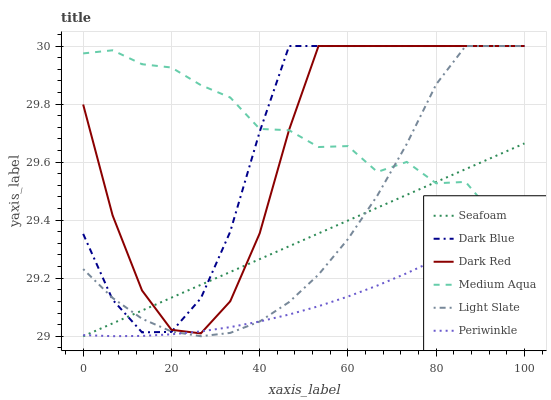
| xaxis_label | Seafoam | Dark Blue | Dark Red | Medium Aqua | Light Slate | Periwinkle |
 | --- | --- | --- | --- | --- | --- | --- |
 | 0 | 29 | 29.4 | 29.8 | 30 | 29.2 | 29 |
 | 6.67 | 29 | 29.1 | 29.4 | 30 | 29.1 | 29 |
 | 13.3 | 29.1 | 29 | 29.2 | 29.9 | 29.1 | 29 |
 | 20 | 29.1 | 29 | 29 | 29.9 | 29 | 29 |
 | 26.7 | 29.2 | 29.1 | 29 | 29.9 | 29 | 29 |
 | 33.3 | 29.2 | 29.4 | 29.1 | 29.8 | 29 | 29 |
 | 40 | 29.3 | 29.7 | 29.4 | 29.7 | 29.1 | 29.1 |
 | 46.7 | 29.3 | 30 | 29.7 | 29.7 | 29.1 | 29.1 |
 | 53.3 | 29.4 | 30 | 30 | 29.7 | 29.2 | 29.1 |
 | 60 | 29.4 | 30 | 30 | 29.7 | 29.3 | 29.1 |
 | 66.7 | 29.4 | 30 | 30 | 29.6 | 29.5 | 29.2 |
 | 73.3 | 29.5 | 30 | 30 | 29.6 | 29.7 | 29.2 |
 | 80 | 29.5 | 30 | 30 | 29.5 | 29.9 | 29.3 |
 | 86.7 | 29.6 | 30 | 30 | 29.5 | 30 | 29.3 |
 | 93.3 | 29.6 | 30 | 30 | 29.4 | 30 | 29.4 |
 | 100 | 29.7 | 30 | 30 | 29.4 | 30 | 29.4 |